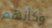
وكأنهم